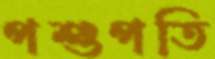
পশুপতি